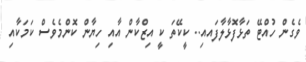
ވެގެން ހުއްޓޭ ތަޅާފޮޅާލާފައއި.. ކީކޭތަ ކީ އިޒްކާން އާއި ހިޔާން ކޮންމެވެސް ކަމަކާއި